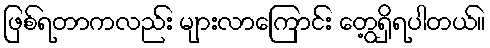
ဖြစ်ရတာကလည်း များလာကြောင်း တွေ့ရှိရပါတယ်။